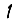
Digit: 1